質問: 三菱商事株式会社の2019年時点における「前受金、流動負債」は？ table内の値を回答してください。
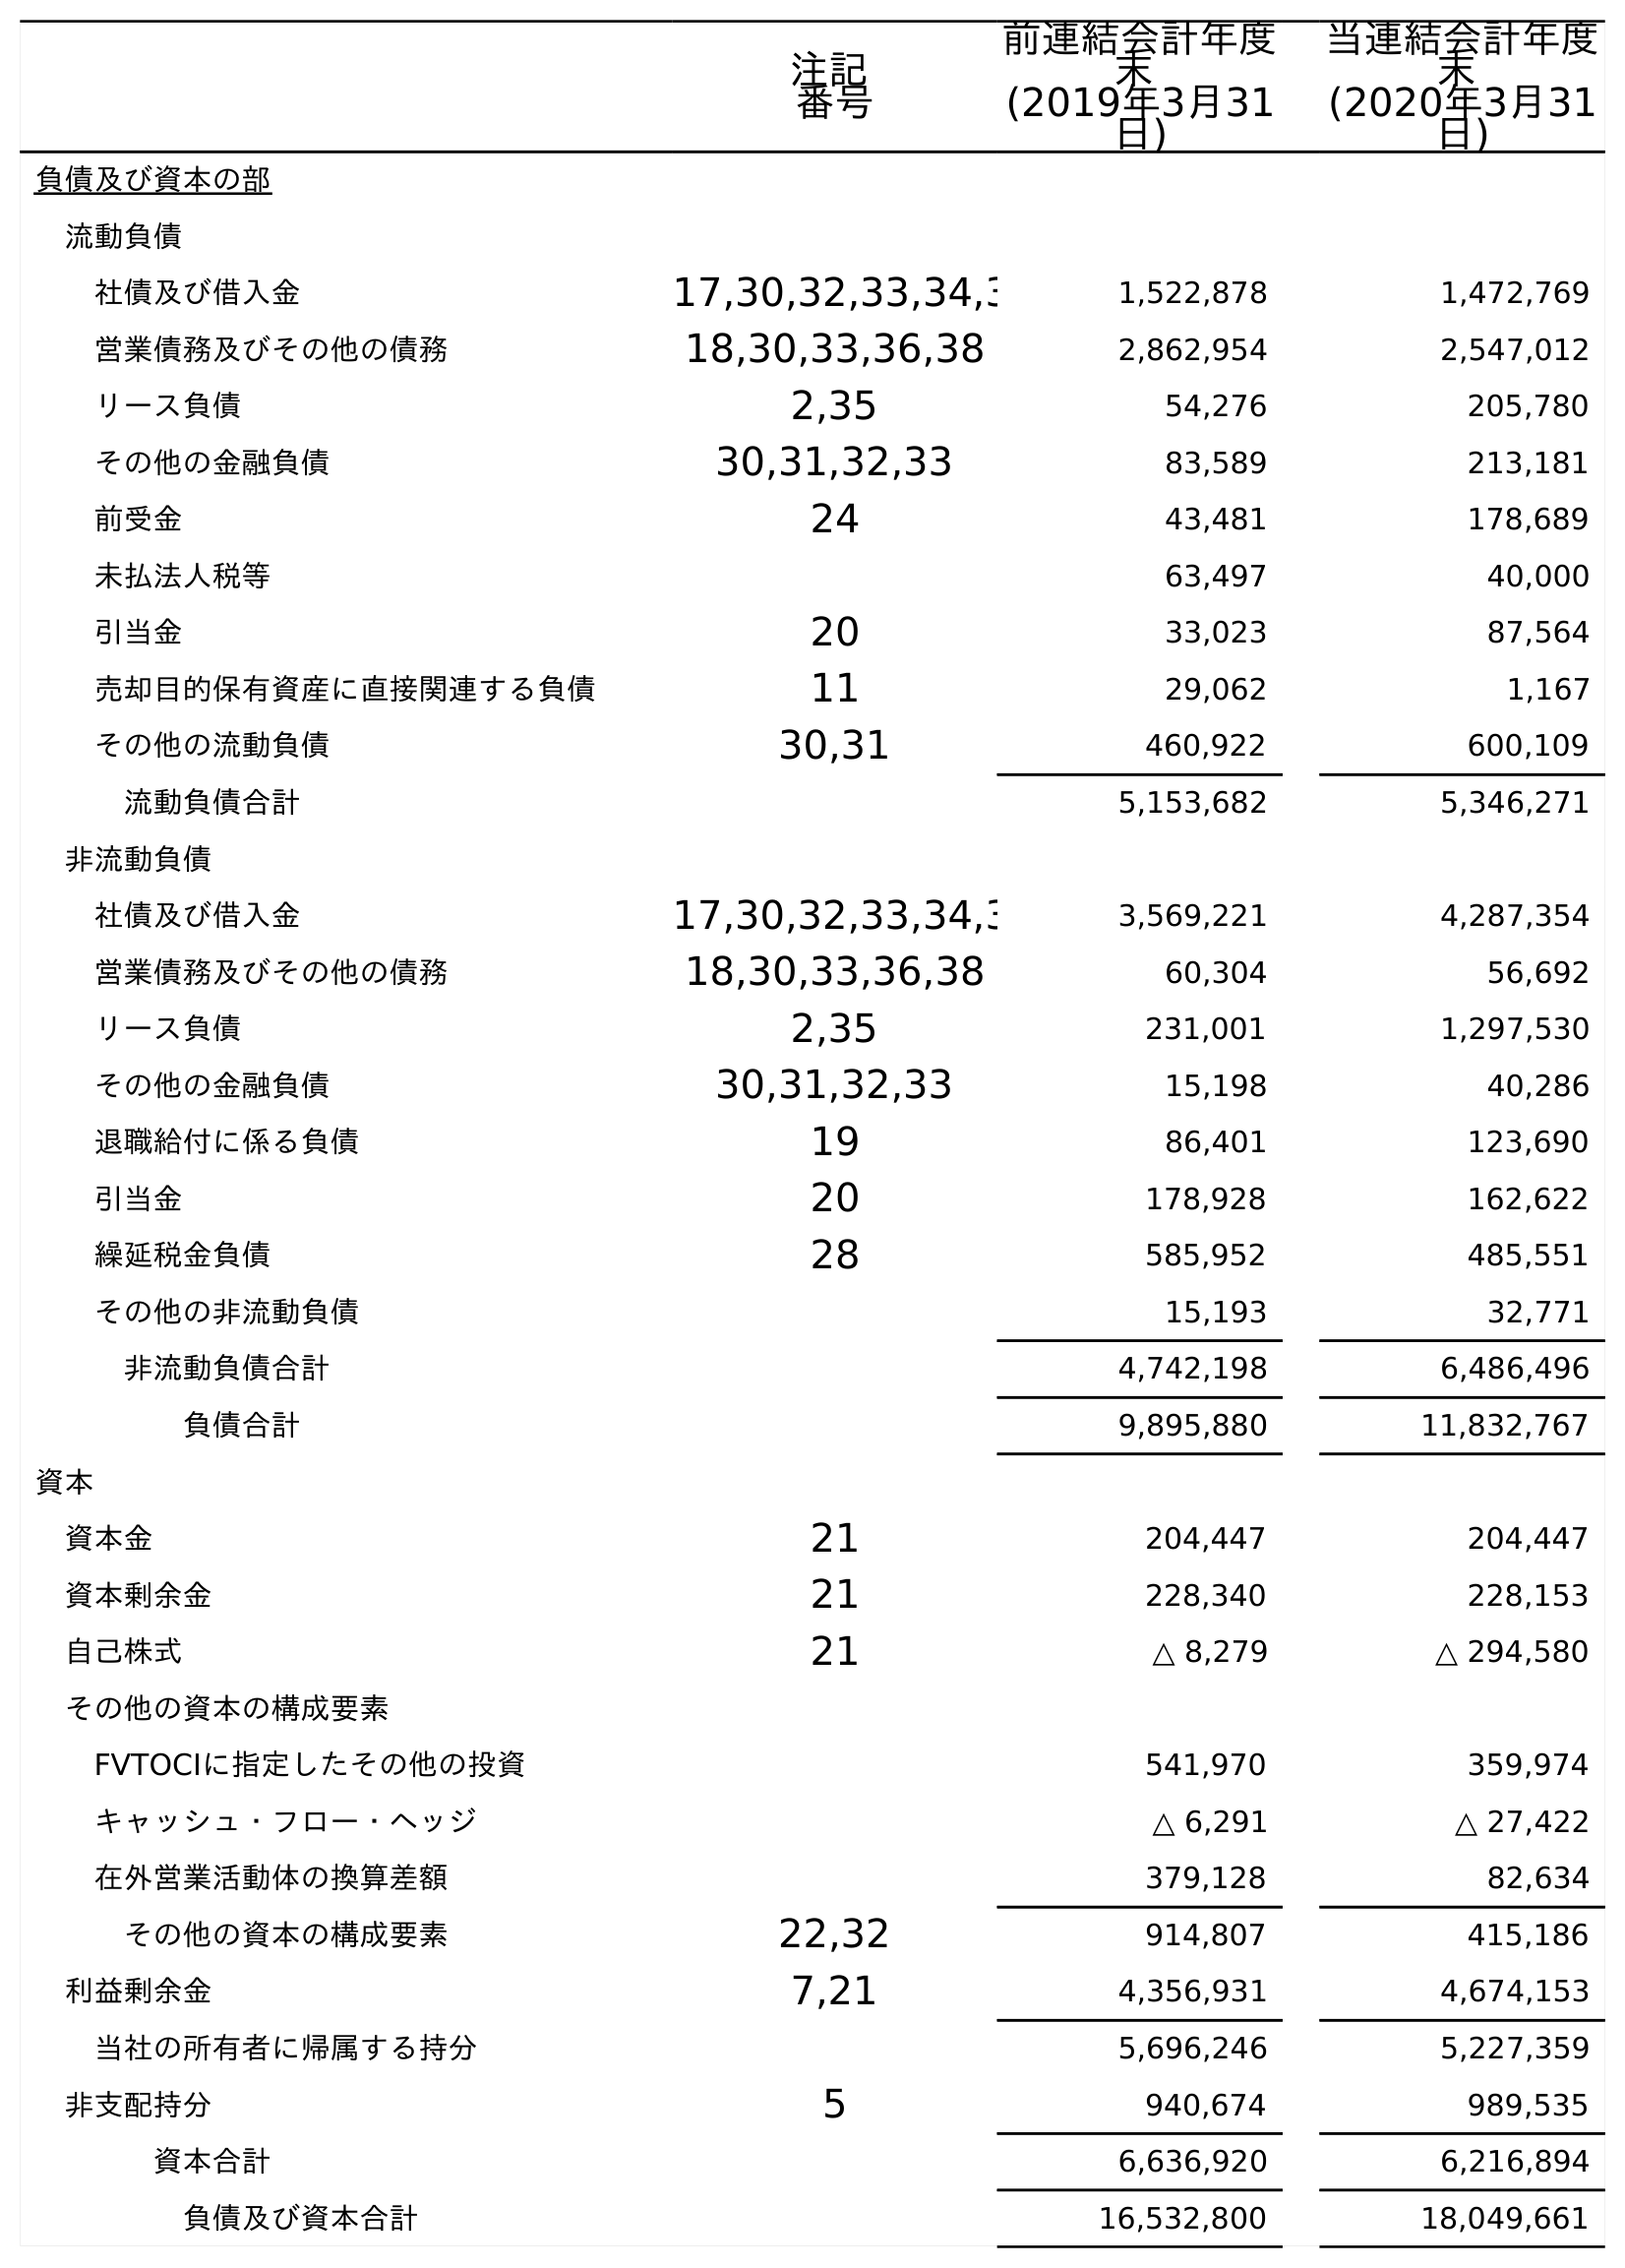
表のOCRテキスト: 注記 番号 前連結会計年度 末 (2019年3月31 日) 当連結会計年度 末 (2020年3月31 日) 負債及び資本の部 流動負債 社債及び借入金 17,30,32,33,34,3 1,522,878 1,472,769 営業債務及びその他の債務 18,30,33,36,38 2,862,954 2,547,012 リース負債 2,35 54,276 205,780 その他の金融負債 30,31,32,33 83,589 213,181 前受金 24 43,481 178,689 未払法人税等 63,497 40,000 引当金 20 33,023 87,564 売却目的保有資産に直接関連する負債 11 29,062 1,167 その他の流動負債 30,31 460,922 600,109 流動負債合計 5,153,682 5,346,271 非流動負債 社債及び借入金 17,30,32,33,34,3 3,569,221 4,287,354 営業債務及びその他の債務 18,30,33,36,38 60,304 56,692 リース負債 2,35 231,001 1,297,530 その他の金融負債 30,31,32,33 15,198 40,286 退職給付に係る負債 19 86,401 123,690 引当金 20 178,928 162,622 繰延税金負債 28 585,952 485,551 その他の非流動負債 15,193 32,771 非流動負債合計 4,742,198 6,486,496 負債合計 9,895,880 11,832,767 資本 資本金 21 204,447 204,447 資本剰余金 21 228,340 228,153 自己株式 21 △ 8,279 △ 294,580 その他の資本の構成要素 FVTOCIに指定したその他の投資 541,970 359,974 キャッシュ・フロー・ヘッジ △ 6,291 △ 27,422 在外営業活動体の換算差額 379,128 82,634 その他の資本の構成要素 22,32 914,807 415,186 利益剰余金 7,21 4,356,931 4,674,153 当社の所有者に帰属する持分 5,696,246 5,227,359 非支配持分 5 940,674 989,535 資本合計 6,636,920 6,216,894 負債及び資本合計 16,532,800 18,049,661
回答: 43,481